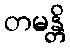
တမန္တိ